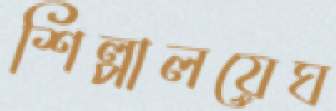
শিল্পালয়েঘ